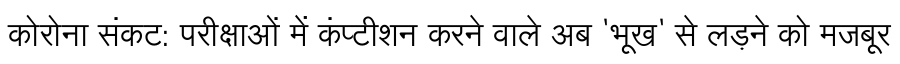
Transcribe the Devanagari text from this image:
कोरोना संकट: परीक्षाओं में कंप्टीशन करने वाले अब 'भूख' से लड़ने को मजबूर